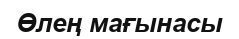
Өлең мағынасы